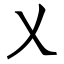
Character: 乂